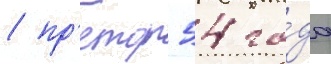
/ пр'етор 54 го́да